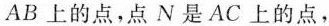
AB上的点，点N是AC上的点，